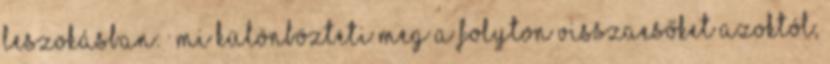
leszokásban: · Mi különbözteti meg a folyton visszaesőket azoktól,